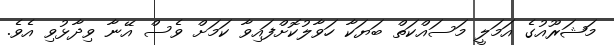
މަޝަރޫއުގެ އަމަލީ މަސައްކަތް ބަޔަކާ ހަވާލުކޮށްފައިވާ ކަމަށް ވެސް އޭނާ ވިދާޅުވި އެވެ.